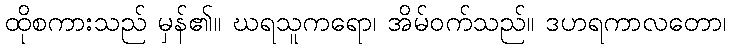
ထိုစကားသည် မှန်၏။ ဃရသူကရော၊ အိမ်ဝက်သည်။ ဒဟရကာလတော၊